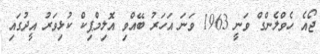
ޖޯއެ ހެވްލެންގް ވަނީ 1963 ވަނަ އަހަރު ބޭއްވި އޮލިމްޕިކް ކުޅިވަރު އީދުގައި